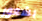
بشعور